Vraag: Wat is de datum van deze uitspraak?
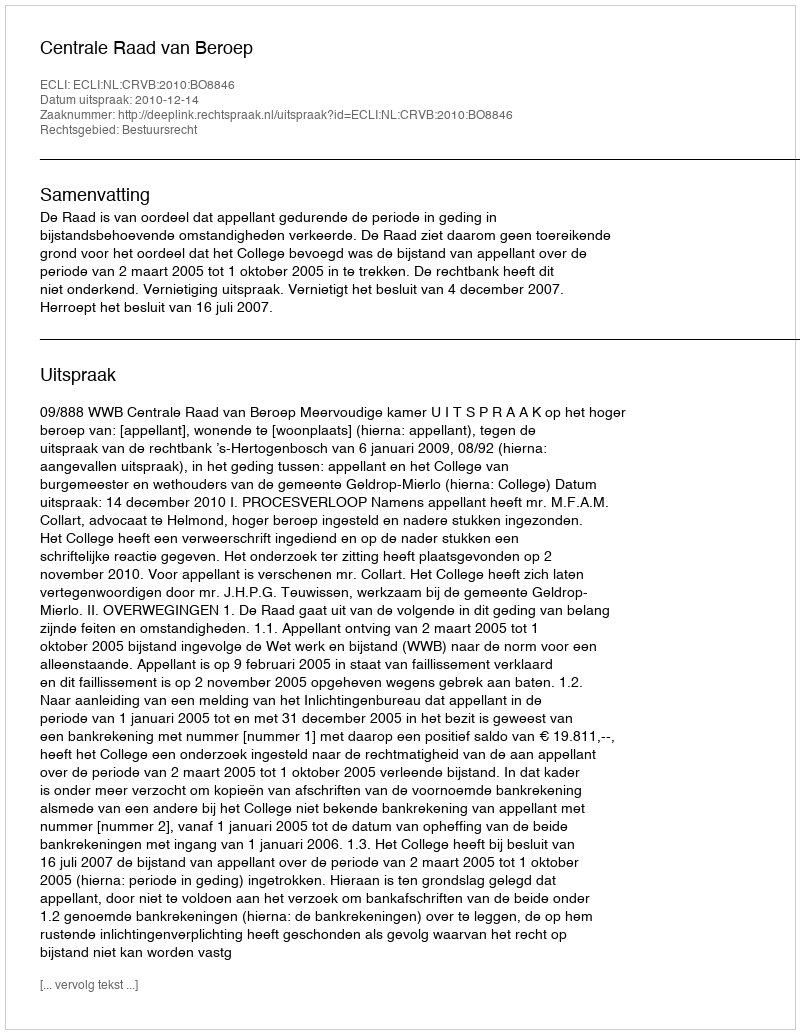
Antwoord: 2010-12-14